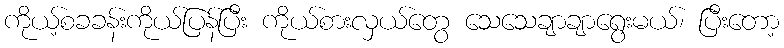
ကိုယ့်စခခန်းကိုယ်ပြန်ပြီး ကိုယ်စားလှယ်တွေ သေသေချာချာရွေးမယ်၊ ပြီးတော့